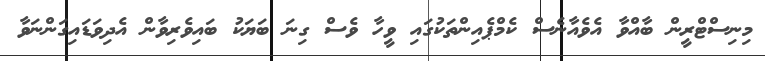
މިނިސްޓްރީން ބާއްވާ އެވެއާނެސް ކެމްޕެއިންތަކުގައި ވީހާ ވެސް ގިނަ ބަޔަކު ބައިވެރިވާން އެދިވަޑައިގަންނަވާ